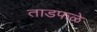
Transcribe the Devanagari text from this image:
ताडफळे